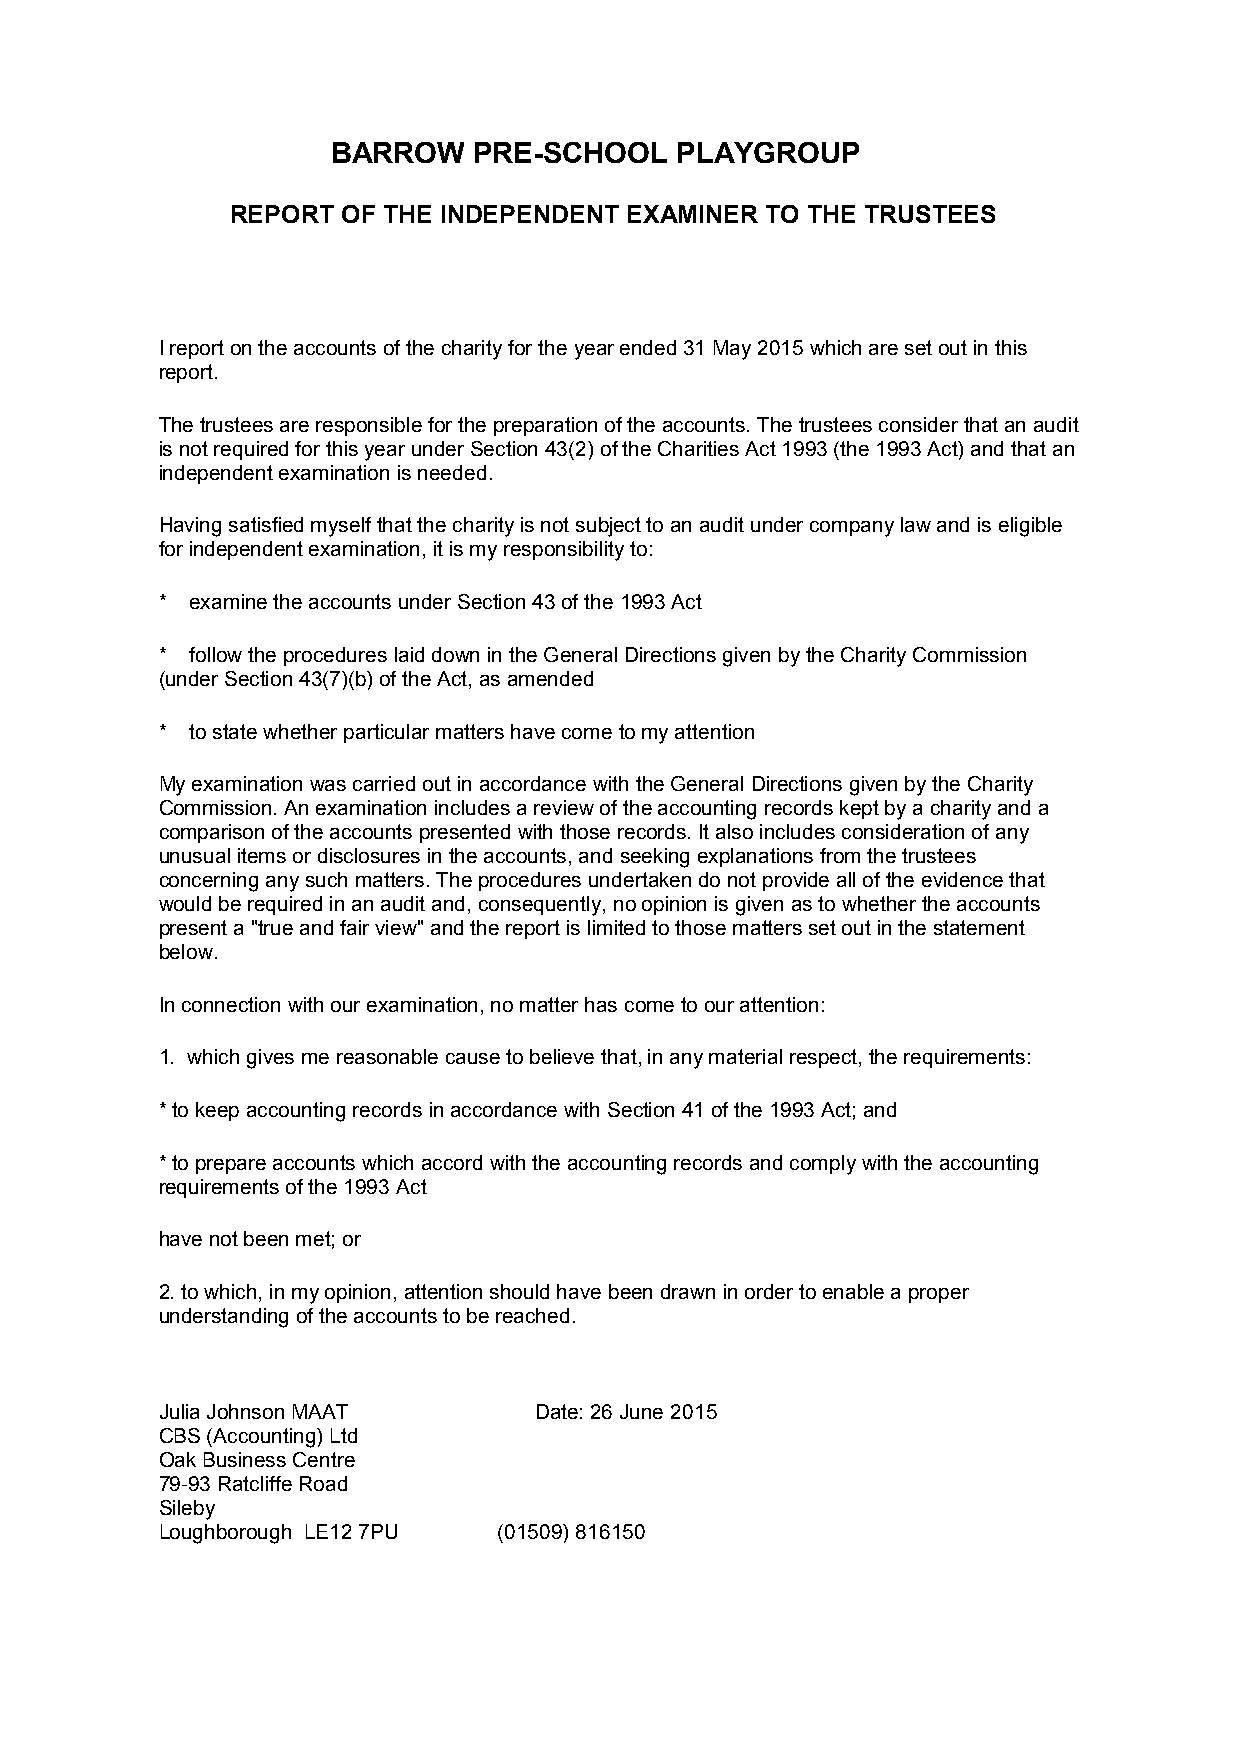
BARROW   PRE-SCHOOL    PLAYGROUP
 REPORT  OF THE INDEPENDENT EXAMINER TO THE TRUSTEES
 I report on the accounts of the charity for the year ended 31 May 2015 which are set out in this
 report.
 The trustees are responsible for the preparation of the accounts. The trustees consider that an audit
 is not required for this year under Section 43(2) of the Charities Act 1993 (the 1993 Act) and that an
 independent examination is needed.
 Having satisfied myself that the charity is not subject to an audit under company law and is eligible
 for independent examination, it is my responsibility to:
 * examine the accounts under Section 43 of the 1993 Act
 * follow the procedures laid down in the General Directions given by the Charity Commission
 (under Section 43(7)(b) of the Act, as amended
 * to state whether particular matters have come to my attention
 My examination was carried out in accordance with the General Directions given by the Charity
 Commission. An examination includes a review of the accounting records kept by a charity and a
 comparison of the accounts presented with those records. It also includes consideration of any
 unusual items or disclosures in the accounts, and seeking explanations from the trustees
 concerning any such matters. The procedures undertaken do not provide all of the evidence that
 would be required in an audit and, consequently, no opinion is given as to whether the accounts
 present a "true and fair view" and the report is limited to those matters set out in the statement
 below.
 In connection with our examination, no matter has come to our attention:
 1. which gives me reasonable cause to believe that, in any material respect, the requirements:
 * to keep accounting records in accordance with Section 41 of the 1993 Act; and
 * to prepare accounts which accord with the accounting records and comply with the accounting
 requirements of the 1993 Act
 have not been met; or
 2. to which, in my opinion, attention should have been drawn in order to enable a proper
 understanding of the accounts to be reached.
 Julia Johnson MAAT      Date: 26 June 2015
 CBS (Accounting) Ltd
 Oak Business Centre
 79-93 Ratcliffe Road
 Sileby
 Loughborough LE12 7PU (01509) 816150